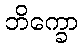
ဘိက္ခော